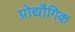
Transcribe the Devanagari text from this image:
प्रोद्यौगिक